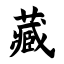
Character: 藏